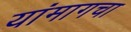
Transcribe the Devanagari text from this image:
यांमागचा